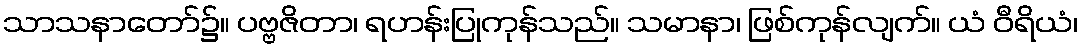
သာသနာတော်၌။ ပဗ္ဗဇိတာ၊ ရဟန်းပြုကုန်သည်။ သမာနာ၊ ဖြစ်ကုန်လျက်။ ယံ ဝီရိယံ၊